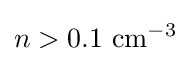
n>0.1{\mbox{ cm}}^{-3}